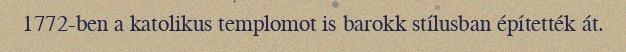
1772-ben a katolikus templomot is barokk stílusban építették át.